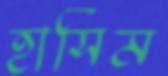
হাসিম